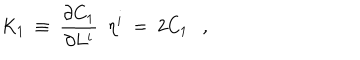
K _ { 1 } \ \equiv \ \frac { \partial C _ { 1 } } { \partial L ^ { i } } \ \ \eta ^ { i } \ = \ 2 C _ { 1 } \ \ \ ,